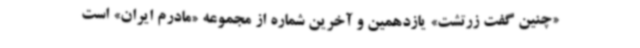
«چنین گفت زرتشت» یازدهمین و آخرین شماره از مجموعه «مادرم ایران» است